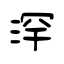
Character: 浫